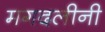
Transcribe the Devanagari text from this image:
मगदलीनी